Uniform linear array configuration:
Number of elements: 16
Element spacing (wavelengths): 0.25
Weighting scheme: hamming
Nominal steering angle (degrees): -45
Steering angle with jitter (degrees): -43.753
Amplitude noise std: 0.05
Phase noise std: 0.05

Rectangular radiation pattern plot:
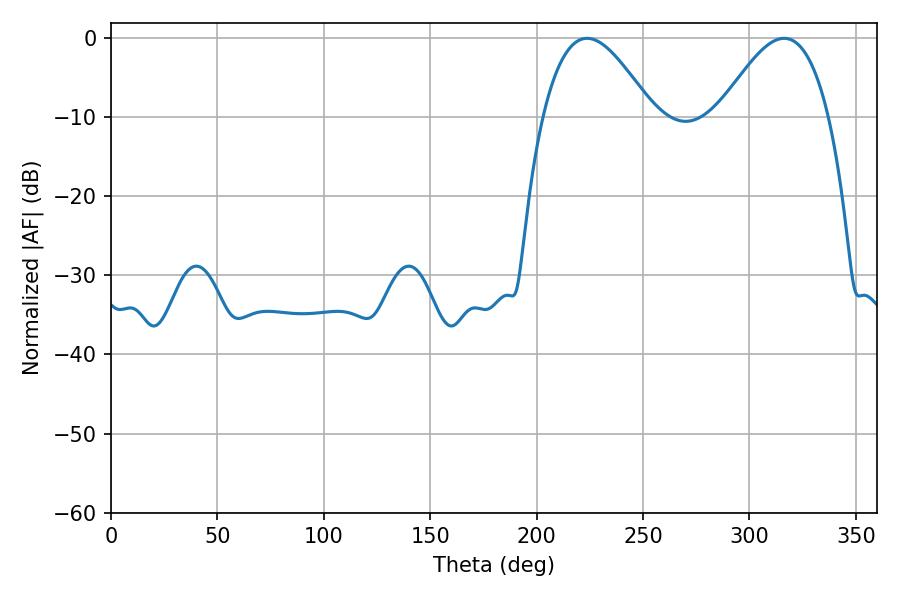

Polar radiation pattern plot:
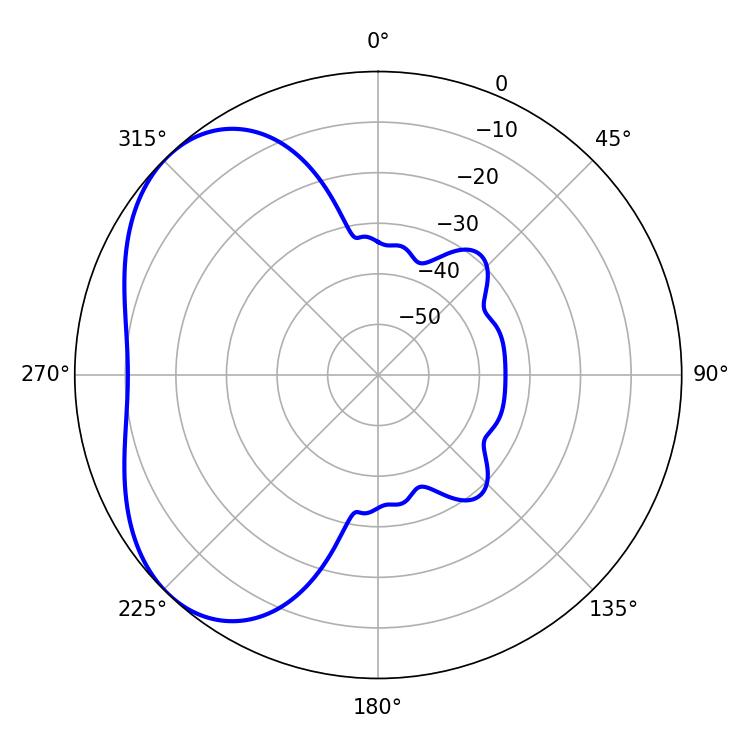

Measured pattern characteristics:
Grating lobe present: FALSE
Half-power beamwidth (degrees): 27.9
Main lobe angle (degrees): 223.74